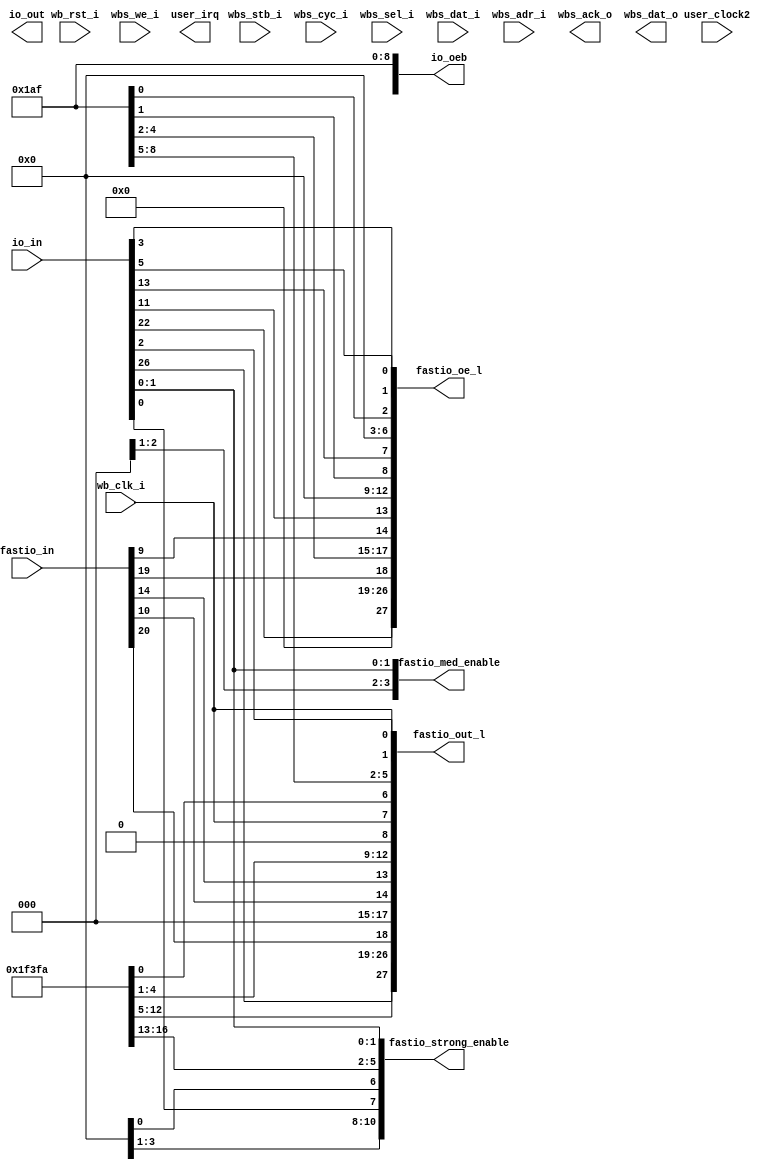
module carrack_wrapper(
`ifdef USE_POWER_PINS
    inout vccd1,	// User area 1 1.8V supply
    inout vssd1,	// User area 1 digital ground
`endif
    
    // Wishbone Slave ports (WB MI A)
    input wb_clk_i,
    input wb_rst_i,
    input wbs_stb_i,
    input wbs_cyc_i,
    input wbs_we_i,
    input [3:0] wbs_sel_i,
    input [31:0] wbs_dat_i,
    input [31:0] wbs_adr_i,
    output wbs_ack_o,
    output [31:0] wbs_dat_o,
    
    // Independent clock (on independent integer divider)
    input   user_clock2,

    // User maskable interrupt signals
    output [2:0] user_irq,
    
    // Note: fastio_* does not have the same numeration as io_*
    // Note: io_oeb and fastio_oe_l are exclusive
    // Note: io_oeb is low active, fastio_oe_l is high active
    input  [26:0] io_in,
    output [26:0] io_out,
    output [26:0] io_oeb,
    
    input [27:0] fastio_in,
    output [27:0] fastio_oe_l,
    output [27:0] fastio_out_l,
    output [27:0] fastio_strong_enable,
    output [27:0] fastio_med_enable
);

`ifdef EMPTY_WRAPPER
// We are creating following net to force yosys to actually process this module. Otherwise it generates an empty synthesis netlist
(* keep *) wire some_net = 0;
`endif

`ifndef EMPTY_WRAPPER

localparam OEB_INPUT = 1;
localparam OEB_OUTPUT = 0;


// ---------------------------------
//
//    RIGHT-BOTTOM
//
// ---------------------------------


// FASTIO[0] <- DUT
// Covers GPIOs functionality and GPIO ESD + caravel ESD protection.
assign io_oeb[0] = OEB_INPUT;
assign io_oeb[1] = OEB_INPUT;
assign fastio_med_enable[0] = io_in[0];
assign fastio_strong_enable[0] = io_in[1];


assign io_oeb[2] = OEB_INPUT;
assign io_oeb[3] = OEB_INPUT;
assign fastio_out_l[0] = io_in[2];
assign fastio_oe_l[0] = io_in[3];
assign io_oeb[7] = OEB_INPUT; // Disable drivers on fastio[0] which is the same as io_*[7]


assign io_oeb[4] = OEB_OUTPUT;
assign io_out[4] = fastio_in[0];


// Uses io[4:0] and [7], skipped over 5,6
// fastio[0] which is io[7]

// ---------------------------------
//
//    RIGHT
//
// ---------------------------------


// Drive FASTIO under speed to see it's perfomance
assign io_oeb[5] = OEB_INPUT;
assign fastio_oe_l[1] = io_in[5];
assign fastio_out_l[1] = wb_clk_i;
assign fastio_med_enable[1] = io_in[0];
assign fastio_strong_enable[1] = io_in[1];
assign io_oeb[8] = OEB_INPUT; // fastio[1] is same as io_oeb[8]


// Drive ordinary GPIO to see if wb_clk_i is active
assign io_oeb[6] = OEB_OUTPUT; // Output
assign io_out[6] = wb_clk_i;
// No fastio attached to 6th


// Uses io[5:8], skipped 7 as it was used above
// fastio[1] which is the same as io[8]

// ---------------------------------
//
//    TOP-RIGHT
//
// ---------------------------------

// DONE: Drive top with wb_clk_i
// Drive fastio[7], its first io_analog[0]

assign fastio_oe_l[6] = 0;
assign io_oeb[13] = OEB_INPUT;
assign fastio_oe_l[7] = io_in[13];
assign fastio_out_l[7] = wb_clk_i;
assign fastio_med_enable[7] = io_in[0];
assign fastio_strong_enable[7] = io_in[1];

assign fastio_oe_l[5] = 0;
assign io_oeb[12] = OEB_OUTPUT;
assign io_out[12] = fastio_in[7];

// use io_in[1:0] for strength control

// Uses io[13:12]
// fastio [7] which is the same as io_analog[0]




// ---------------------------------
//
//    TOP
//
// ---------------------------------

// DONE: Drive fastio using fastio

// DUT is fastio[14]

assign fastio_oe_l[14] = fastio_in[9];
assign fastio_out_l[14] = fastio_in[10];
assign fastio_med_enable[14] = fastio_in[11];
assign fastio_strong_enable[14] = fastio_in[12];

assign fastio_oe_l[12:9] = 0; // As inputs

assign fastio_oe_l[13] = io_in[11];
assign fastio_out_l[13] = fastio_in[14];
assign fastio_med_enable[13] = io_in[0];
assign fastio_med_enable[13] = io_in[1];

assign io_out[10] = fastio_in[14];
assign io_oeb[10] = OEB_OUTPUT;
assign fastio_oe_l[3] = 0;

assign io_oeb[11] = OEB_INPUT;
assign fastio_oe_l[4] = 0;


// Uses [10:11] <=> fastio[3:4], fastio[9:14]

// fastio[8, 15:17] is unused
assign fastio_out_l[8] = 0;


assign fastio_out_l[15:17] = 0;

// ---------------------------------
//
//    LEFT - TOP
//
// ---------------------------------

// DONE: Drive fastio on the left using fastio

// io[18] == fastio[22]
// io[17] == fastio[21]
// io[16] == fastio[20]
// io[15] == fastio[19]
// io[14] == fastio[18]

assign io_oeb[18] = OEB_INPUT;
assign io_oeb[17] = OEB_INPUT;
assign io_oeb[16] = OEB_INPUT;
assign io_oeb[15] = OEB_INPUT;
assign fastio_oe_l[22:19] = 0;


assign fastio_oe_l[18] = fastio_in[19];
assign fastio_out_l[18] = fastio_in[20];
assign fastio_med_enable[18] = fastio_in[21];
assign fastio_strong_enable[18] = fastio_in[22];

assign io_oeb[14] = OEB_INPUT; // same as fastio[18]

// io[20] == fastio[24]

assign io_oeb[20] = OEB_OUTPUT;
assign fastio_oe_l[24] = 0;
assign io_out[20] = fastio_in[18];
// Uses fastio[18:22];



// io[19] == fastio[23] <- unused
assign io_oeb[19] = OEB_INPUT;
assign fastio_oe_l[23] = 0;





// ---------------------------------
//
//    LEFT
//
// ---------------------------------


// ---------------------------------
// DONE: Drive top fastio using gpio on left
// ---------------------------------

assign io_oeb[21] = OEB_OUTPUT;
assign io_out[21] = fastio_in[27];
assign fastio_oe_l[25] = 0;

assign io_oeb[22] = OEB_INPUT;
assign fastio_oe_l[26] = 0;
assign fastio_oe_l[27] = io_in[22];
assign io_oeb[23] = OEB_INPUT; // fastio[27] 's caravel driver need to be disabled

assign io_oeb[24] = OEB_INPUT; // No fastio
assign fastio_med_enable[27] = io_in[24];

assign io_oeb[25] = OEB_INPUT; // No fastio
assign fastio_strong_enable[27] = io_in[25];

assign io_oeb[26] = OEB_INPUT; // No fastio
assign fastio_out_l[27] = io_in[26];


// Uses io[21:26] pins, fastio[26:27]

// TODO: Check every io_oeb*
// TODO: Check every fastio_oe_l*

`endif

endmodule